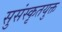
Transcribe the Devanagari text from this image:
सुसंस्कृतयुक्त